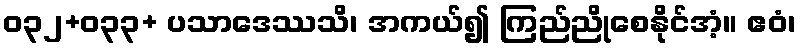
ဝ၃၂+ဝ၃၃+ ပသာဒေဿသိ၊ အကယ်၍ ကြည်ညိုစေနိုင်အံ့။ ဧဝံ၊